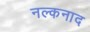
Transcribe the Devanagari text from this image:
नल्कनाद